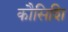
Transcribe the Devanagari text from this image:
कौसिशि